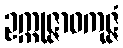
ဥက္ကုဇ္ဇာဝကုဇ္ဇံ